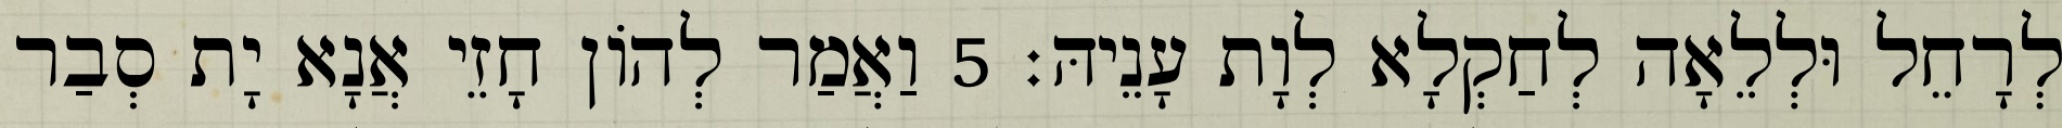
לְרָחֵל וּלְלֵאָה לְחַקְלָא לְוָת עָנֵיהּ׃ 5 וַאֲמַר לְהוֹן חָזֵי אֲנָא יָת סְבַר